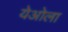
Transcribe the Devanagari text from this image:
येओला